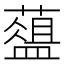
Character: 𦿘